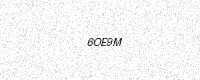
Text: 6OE9M